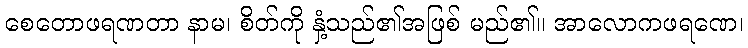
စေတောဖရဏတာ နာမ၊ စိတ်ကို နှံ့သည်၏အဖြစ် မည်၏။ အာလောကဖရဏေ၊